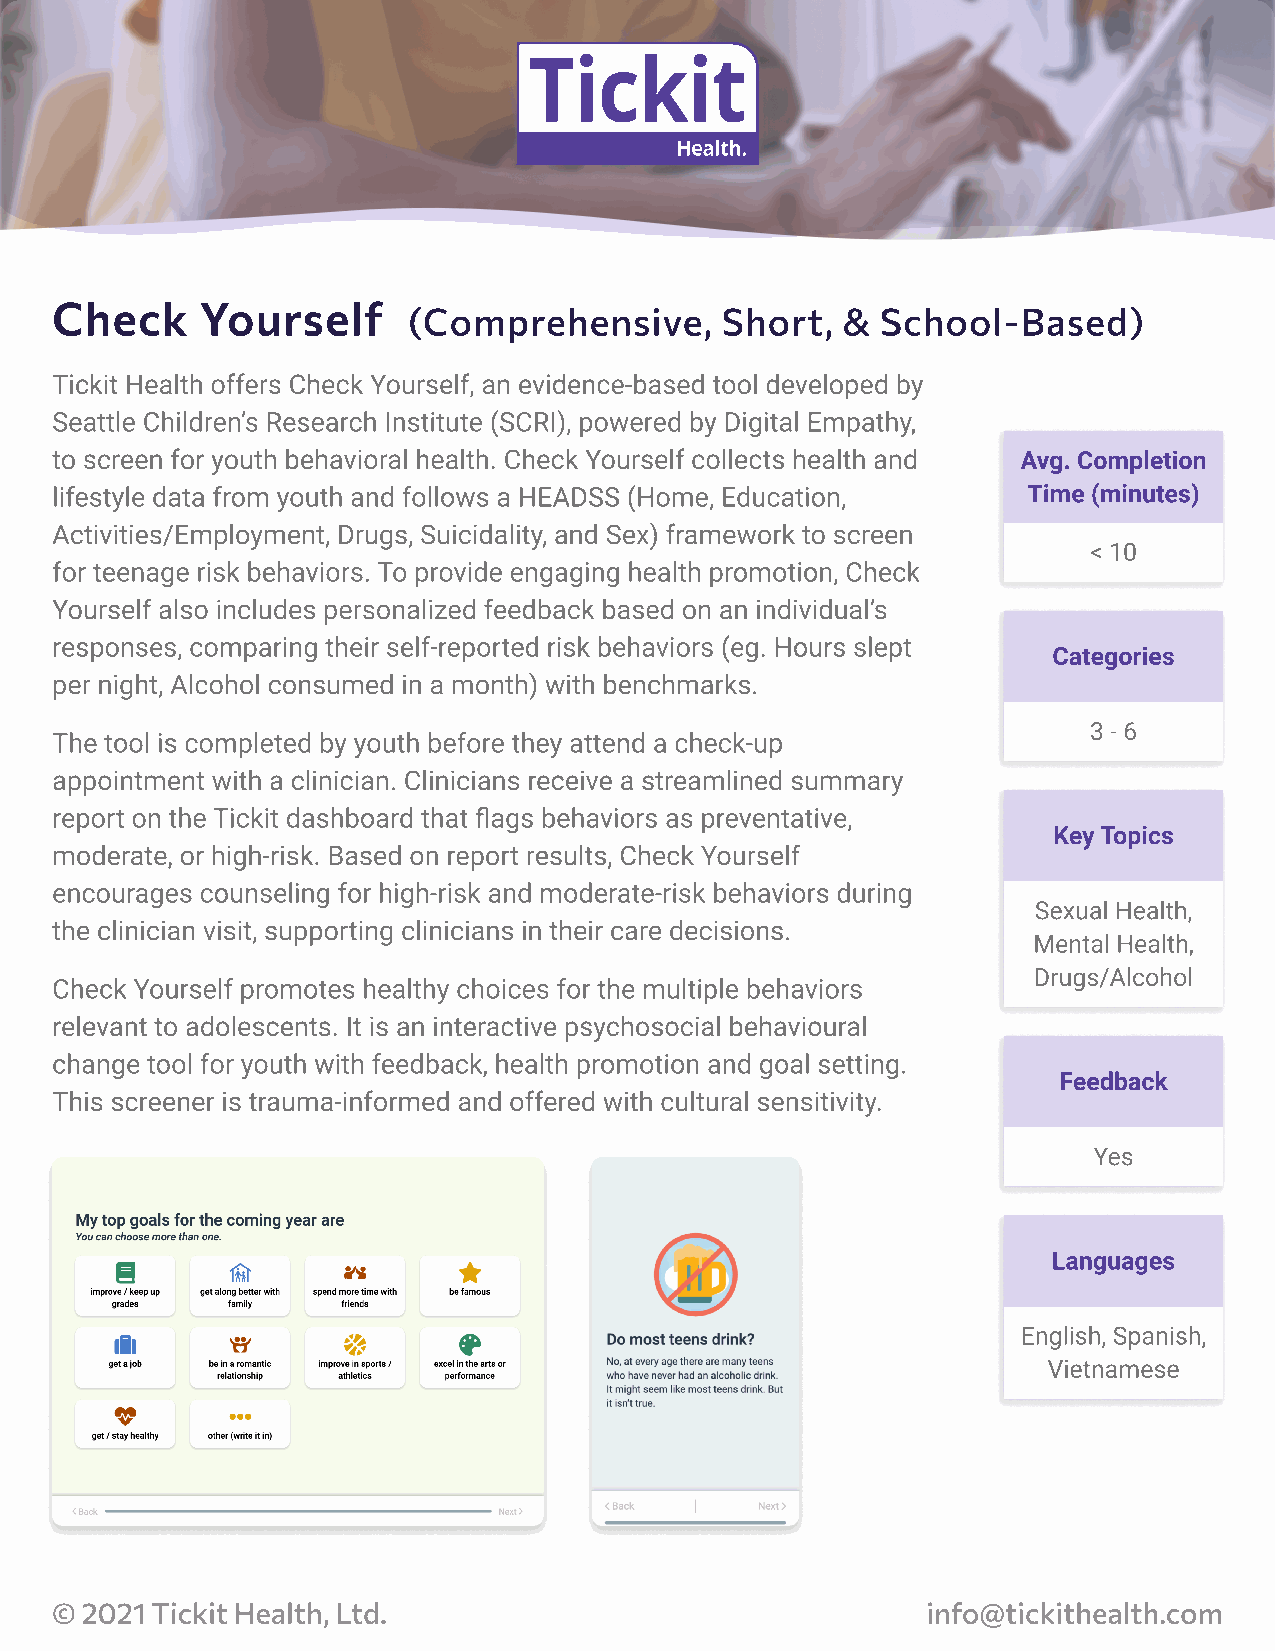
Check     Yourself
 (Comprehensive,      Short,  & School-Based)
 Tickit Health offers Check Yourself, an evidence-based tool developed by
 Seattle Children’s Research Institute (SCRI), powered by Digital Empathy,
 to screen for youth behavioral health. Check Yourself collects health and Avg. Completion 
 lifestyle data from youth and follows a HEADSS (Home, Education, Time (minutes)
 Activities/Employment, Drugs, Suicidality, and Sex) framework to screen
 < 10
 for teenage risk behaviors. To provide engaging health promotion, Check
 Yourself also includes personalized feedback based on an individual’s
 responses, comparing their self-reported risk behaviors (eg. Hours slept
 Categories
 per night, Alcohol consumed in a month) with benchmarks.
 3 - 6
 The tool is completed by youth before they attend a check-up
 appointment with a clinician. Clinicians receive a streamlined summary
 report on the Tickit dashboard that flags behaviors as preventative,
 Key Topics
 moderate, or high-risk. Based on report results, Check Yourself
 encourages counseling for high-risk and moderate-risk behaviors during
 Sexual Health,
 the clinician visit, supporting clinicians in their care decisions.
 Mental Health,
 Drugs/Alcohol
 Check Yourself promotes healthy choices for the multiple behaviors
 relevant to adolescents. It is an interactive psychosocial behavioural
 change tool for youth with feedback, health promotion and goal setting.
 Feedback
 This screener is trauma-informed and offered with cultural sensitivity.
 Yes
 Languages
 English, Spanish, 
 Vietnamese